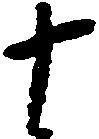
十